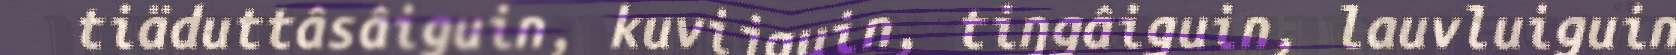
tiäduttâsâiguin, kuvijguin, tiŋgâiguin, lauvluiguin